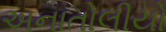
અનાતોલીયો